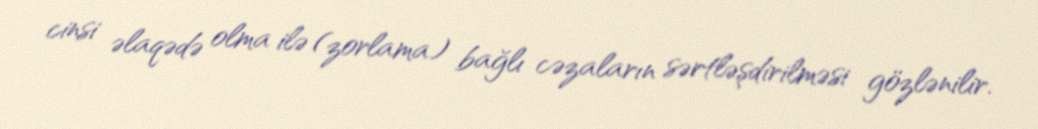
cinsi əlaqədə olma ilə (zorlama) bağlı cəzaların sərtləşdirilməsi gözlənilir.